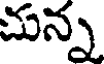
చున్న